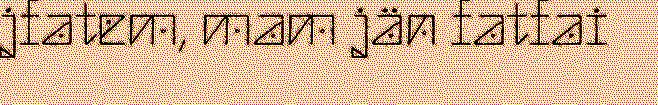
jfatem, mam jän fatfai